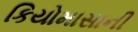
કિયોમાસાની